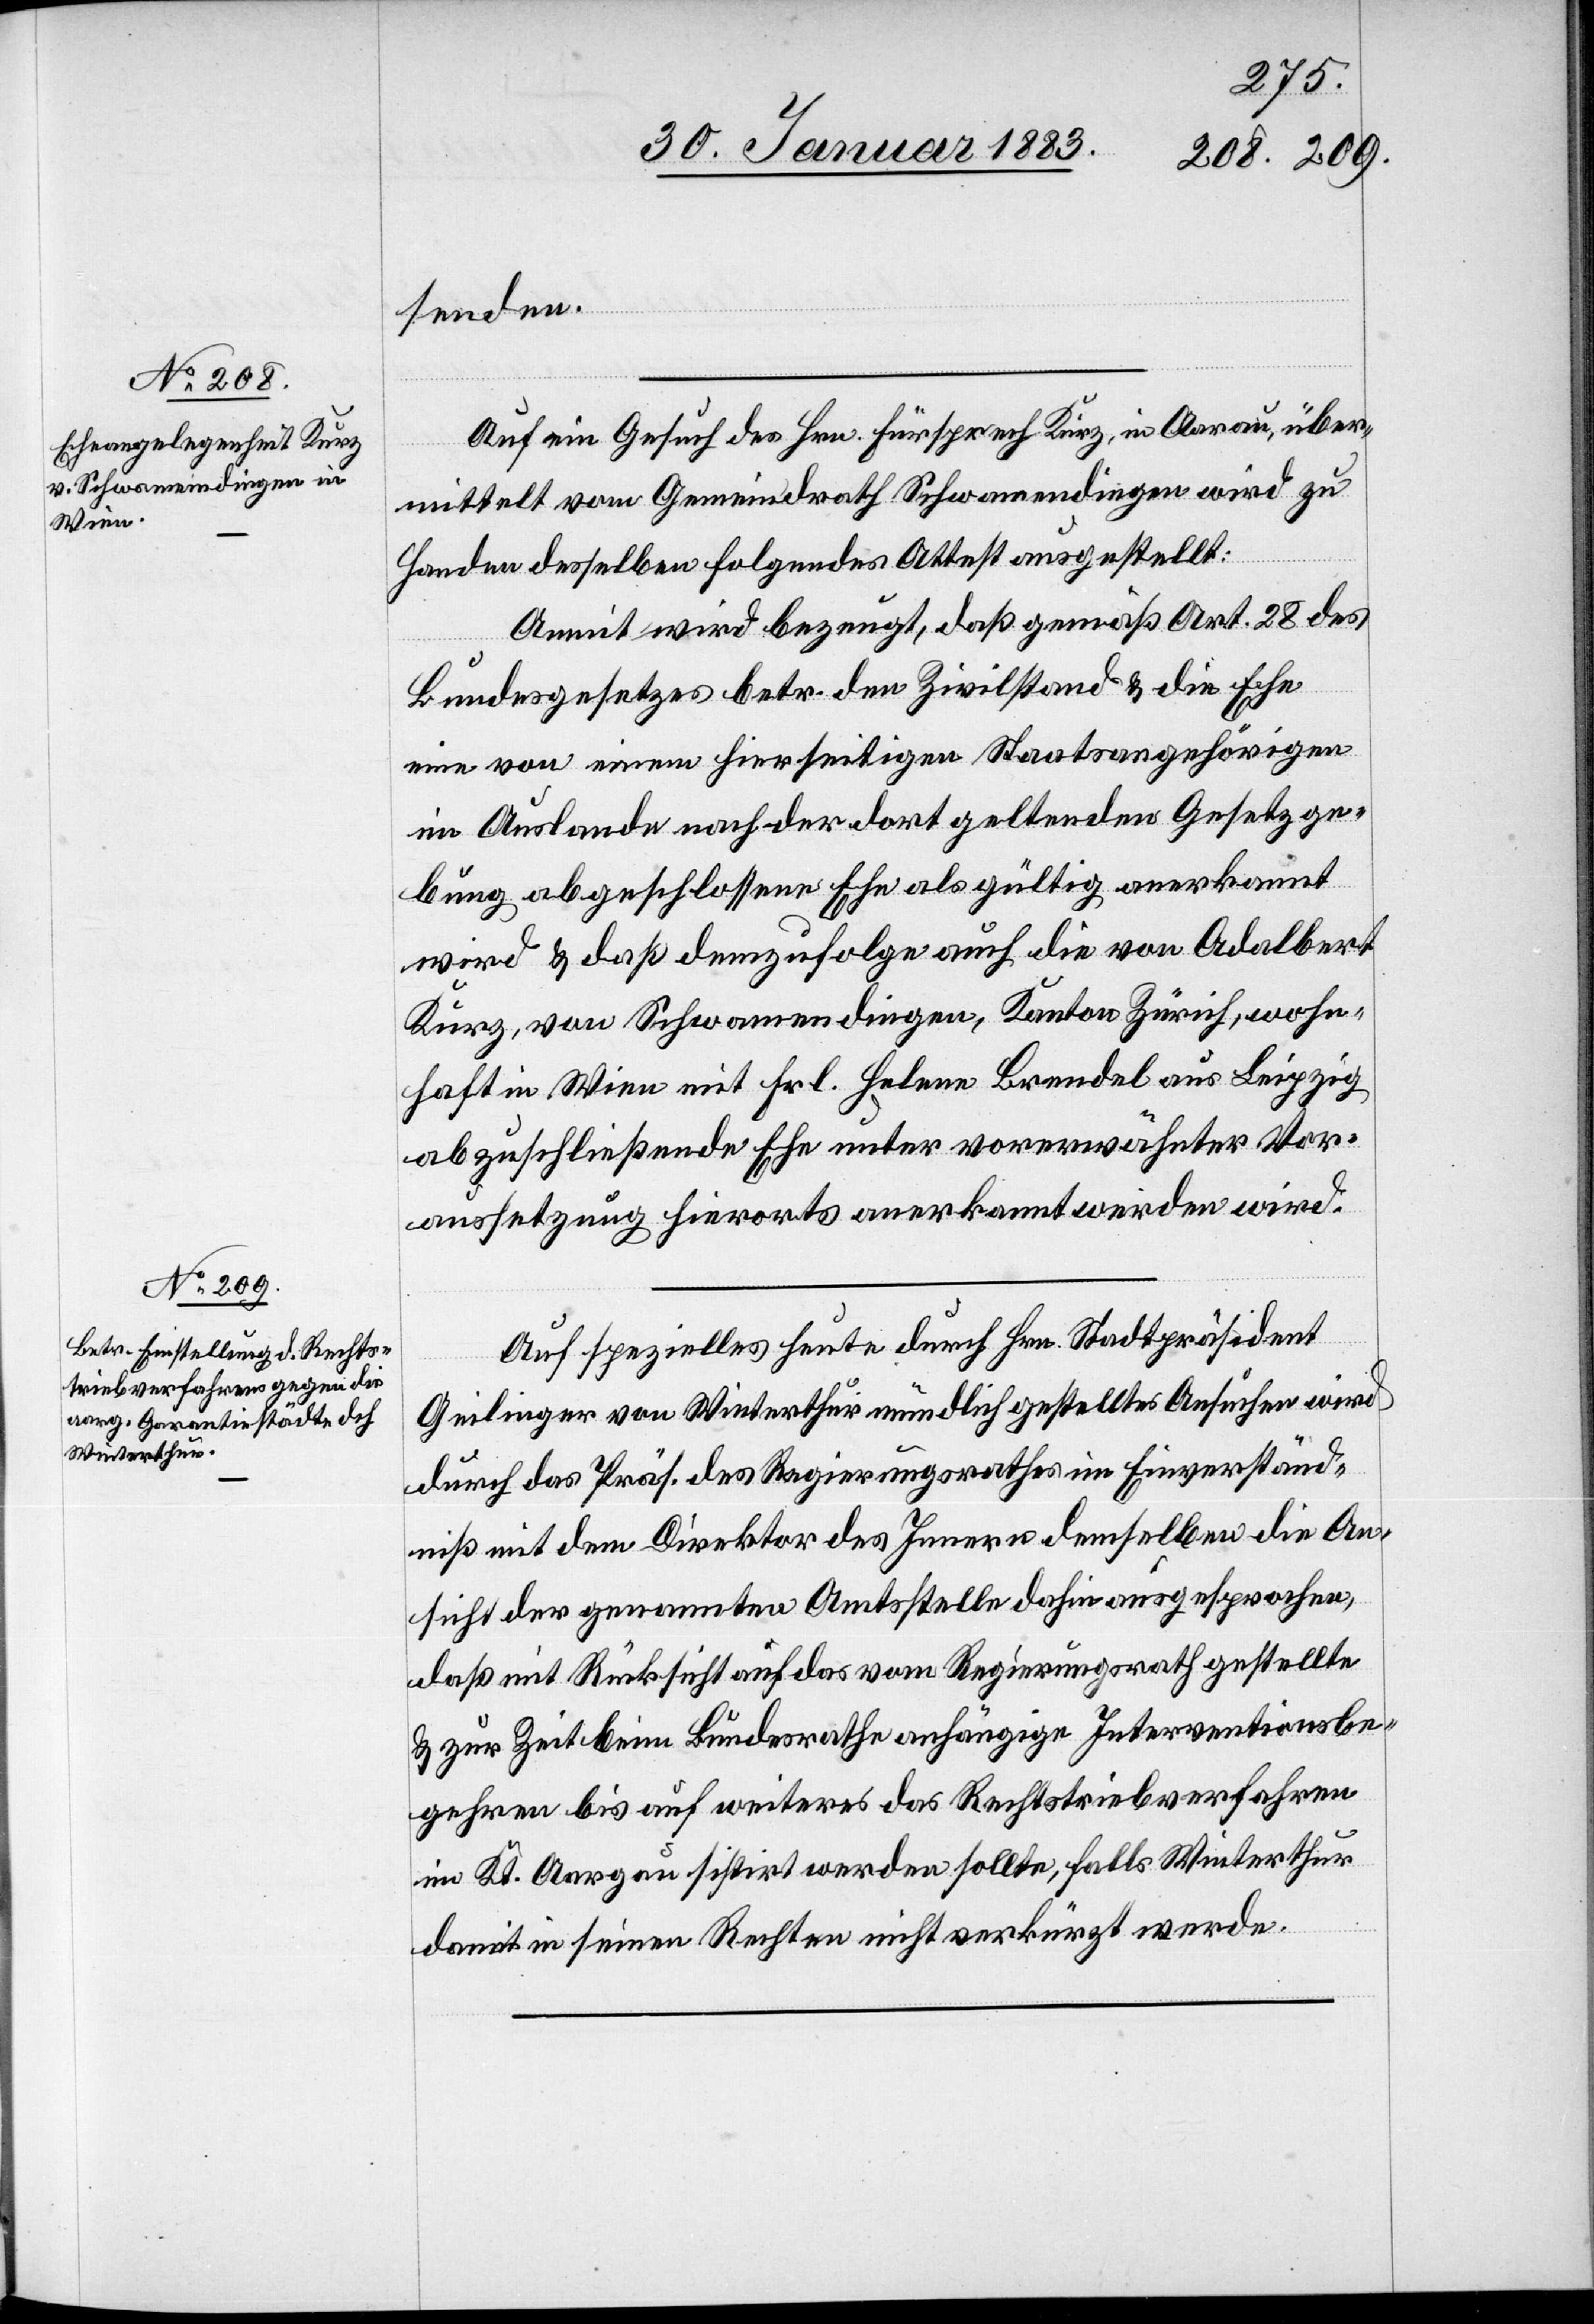
senden.
Auf ein Gesuch des Hrn. Fürsprech Kurz, in Aarau, über¬
mittelt vom Gemeindrath Schwamendingen wird zu
Handen desselben folgendes Attestat ausgestellt:
Anmit wird bezeugt, daß gemäß Art. 28 des
Bundesgesetzes betr. den Zivilstand & die Ehe
eine von einem hierseitigen Staatsangehörigen
im Auslande nach der dort geltenden Gesetzge¬
bung abgeschlossene Ehe als gültig anerkannt
wird & daß demzufolge auch die von Adalbert
Kurz, von Schwamendingen, Kanton Zürich, wohn¬
haft in Wien mit Frl. Helene Brendel aus Leipzig
abzuschließende Ehe unter vorerwähnter Vor¬
aussetzung hierorts anerkannt werden wird.
gehren
Auf spezielles heute durch Hrn. Stadtpräsident
Geilinger von Winterthur mündlich gestelltes Ansuchen wird
durch das Präs. des Regierungsrathes im Einverständ¬
niß mit dem Direktor des Innern demselben die An¬
sicht der genannten Amtsstelle dahin ausgesprochen,
daß mit Rücksicht auf das vom Regierungsrath gestellte
& zur Zeit beim Bundesrathe anhängige Interventionsbe¬
im Kt. Aargau sistirt werden sollte, falls Winterthur
damit in seinen Rechten nicht verkürzt werde.